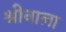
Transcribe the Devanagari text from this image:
श्रीनाला